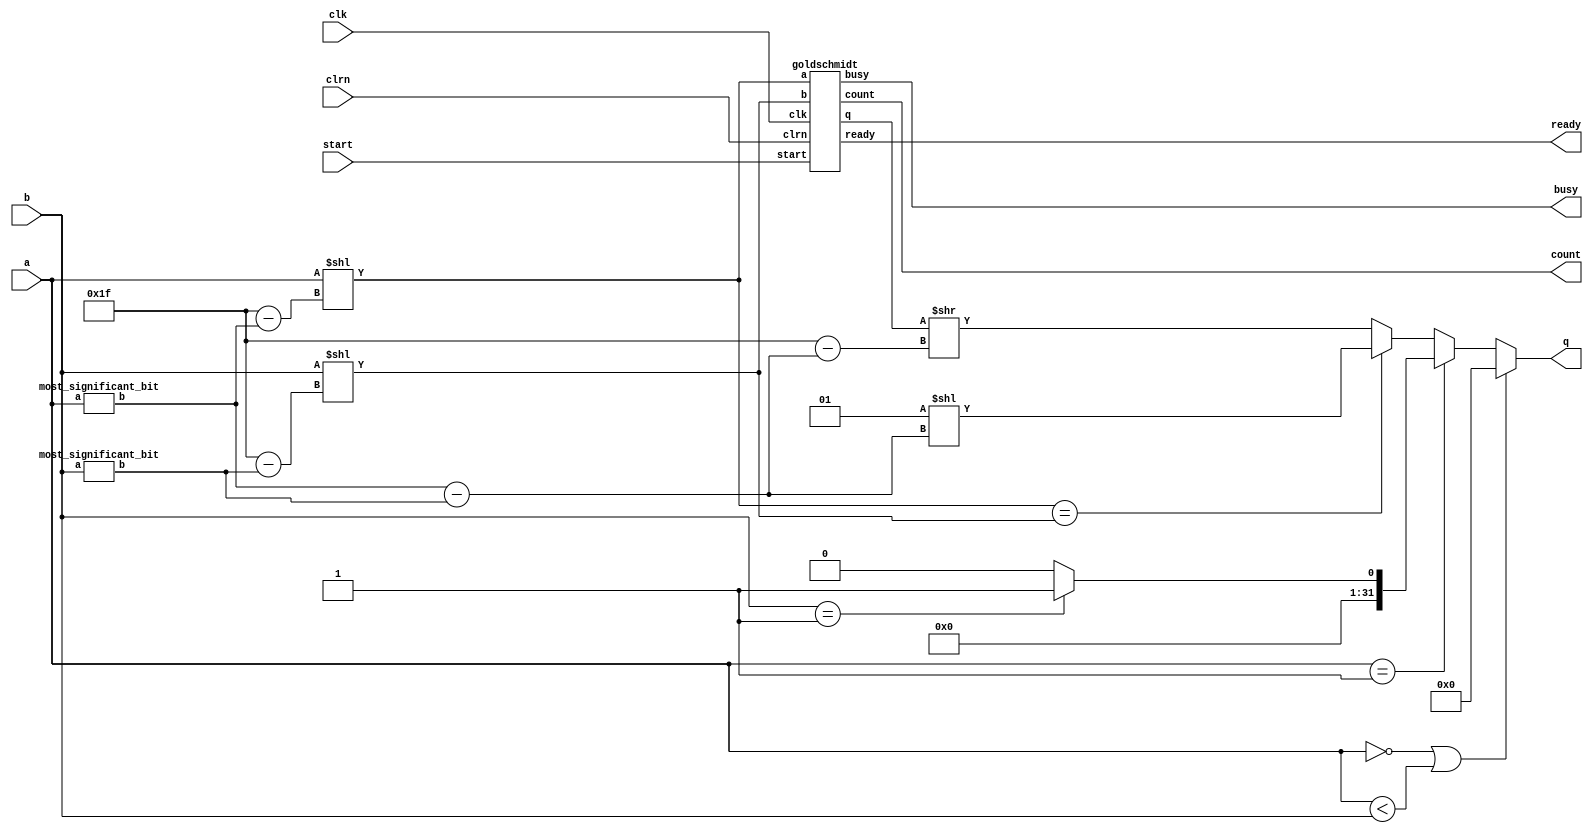
module goldschmidt_divider(
  input[31:0]  a, b,
  input        start, clk, clrn,
  output reg[31:0] q,
  output       busy, ready,
  output[2:0]  count
);
// TODO: handle a == 1, a == 0, b == 1, a < b

wire[4:0] msb_a, msb_b;
most_significant_bit most_significant_bit_a(a, msb_a);
most_significant_bit most_significant_bit_b(b, msb_b);

wire[31:0] a_in, b_in;
assign a_in = a << (5'd31 - msb_a);
assign b_in = b << (5'd31 - msb_b);
//assign a_in = a << ((5'd31 - msb_a) + 5'd1);
//assign b_in = b << ((5'd31 - msb_b) + 5'd1);

wire[31:0] q_out;
goldschmidt goldschmidt0(a_in, b_in, start, clk, clrn, q_out, busy, ready, count);

//assign q = q_out >> (5'd31 - (msb_a - msb_b));

always @* begin
  if(a == 0 || a < b)
    q <= 32'd0;
  else if(a == 1) begin
    if(b == 1)
      q <= 32'd1;
    else
      q <= 32'd0;
  end
  else begin
    if(a_in == b_in)
      q <= 1 << (msb_a - msb_b);
    else
      q <= q_out >> (5'd31 - (msb_a - msb_b));
  end
end

endmodule

module most_significant_bit(
  input[31:0]     a,
  output reg[4:0] b
);

always @* begin
  casex(a)
    32'b1xxx_xxxx_xxxx_xxxx_xxxx_xxxx_xxxx_xxxx: b = 5'd31;
    32'b01xx_xxxx_xxxx_xxxx_xxxx_xxxx_xxxx_xxxx: b = 5'd30;
    32'b001x_xxxx_xxxx_xxxx_xxxx_xxxx_xxxx_xxxx: b = 5'd29;
    32'b0001_xxxx_xxxx_xxxx_xxxx_xxxx_xxxx_xxxx: b = 5'd28;
    32'b0000_1xxx_xxxx_xxxx_xxxx_xxxx_xxxx_xxxx: b = 5'd27;
    32'b0000_01xx_xxxx_xxxx_xxxx_xxxx_xxxx_xxxx: b = 5'd26;
    32'b0000_001x_xxxx_xxxx_xxxx_xxxx_xxxx_xxxx: b = 5'd25;
    32'b0000_0001_xxxx_xxxx_xxxx_xxxx_xxxx_xxxx: b = 5'd24;
    32'b0000_0000_1xxx_xxxx_xxxx_xxxx_xxxx_xxxx: b = 5'd23;
    32'b0000_0000_01xx_xxxx_xxxx_xxxx_xxxx_xxxx: b = 5'd22;
    32'b0000_0000_001x_xxxx_xxxx_xxxx_xxxx_xxxx: b = 5'd21;
    32'b0000_0000_0001_xxxx_xxxx_xxxx_xxxx_xxxx: b = 5'd20;
    32'b0000_0000_0000_1xxx_xxxx_xxxx_xxxx_xxxx: b = 5'd19;
    32'b0000_0000_0000_01xx_xxxx_xxxx_xxxx_xxxx: b = 5'd18;
    32'b0000_0000_0000_001x_xxxx_xxxx_xxxx_xxxx: b = 5'd17;
    32'b0000_0000_0000_0001_xxxx_xxxx_xxxx_xxxx: b = 5'd16;
    32'b0000_0000_0000_0000_1xxx_xxxx_xxxx_xxxx: b = 5'd15;
    32'b0000_0000_0000_0000_01xx_xxxx_xxxx_xxxx: b = 5'd14;
    32'b0000_0000_0000_0000_001x_xxxx_xxxx_xxxx: b = 5'd13;
    32'b0000_0000_0000_0000_0001_xxxx_xxxx_xxxx: b = 5'd12;
    32'b0000_0000_0000_0000_0000_1xxx_xxxx_xxxx: b = 5'd11;
    32'b0000_0000_0000_0000_0000_01xx_xxxx_xxxx: b = 5'd10;
    32'b0000_0000_0000_0000_0000_001x_xxxx_xxxx: b = 5'd9;
    32'b0000_0000_0000_0000_0000_0001_xxxx_xxxx: b = 5'd8;
    32'b0000_0000_0000_0000_0000_0000_1xxx_xxxx: b = 5'd7;
    32'b0000_0000_0000_0000_0000_0000_01xx_xxxx: b = 5'd6;
    32'b0000_0000_0000_0000_0000_0000_001x_xxxx: b = 5'd5;
    32'b0000_0000_0000_0000_0000_0000_0001_xxxx: b = 5'd4;
    32'b0000_0000_0000_0000_0000_0000_0000_1xxx: b = 5'd3;
    32'b0000_0000_0000_0000_0000_0000_0000_01xx: b = 5'd2;
    32'b0000_0000_0000_0000_0000_0000_0000_001x: b = 5'd1;
    32'b0000_0000_0000_0000_0000_0000_0000_0001: b = 5'd0;
    default:                                     b = 5'b0;
  endcase
end
endmodule

module goldschmidt(
  input [31:0] a, b,
  input start, clk, clrn,
  output [31:0] q,
  output reg busy, ready,
  output reg [2:0] count
);
reg [63:0] reg_a, reg_b;
wire [63:0] two_minus_yi = ~reg_b + 1'b1;
wire [127:0] xi = reg_a * two_minus_yi;
wire [127:0] yi = reg_b * two_minus_yi;
assign q = reg_a[63:32] + |reg_a[31:29];
assign yn = reg_b[62:31];
always @(posedge clk or negedge clrn) begin
  if(!clrn) begin
    busy <= 0;
    ready <= 0;
  end else begin
    if(start) begin
      reg_a <= {1'b0,a,31'b0};
      reg_b <= {1'b0,b,31'b0};
      busy <= 1;
      ready <= 0;
      count <= 0;
    end else begin
      reg_a <= xi[126:63];
      reg_b <= yi[126:63];
      count <= count + 3'b1;
      if(count == 3'h4) begin
        busy <= 0;
        ready <= 1;
      end
    end
  end
end
endmodule